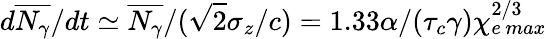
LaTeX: d\overline{{N_{\gamma}}}/dt\simeq\overline{{N_{\gamma}}}/(\sqrt{2}\sigma_{z}/c)=1.33\alpha/(\tau_{c}\gamma)\chi_{e\, max}^{2/3}